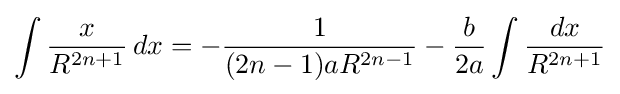
\int {\frac {x}{R^{2n+1}}}\,dx=-{\frac {1}{(2n-1)aR^{2n-1}}}-{\frac {b}{2a}}\int {\frac {dx}{R^{2n+1}}}